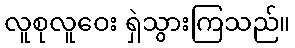
လူစုလူဝေး ရှဲသွားကြသည်။